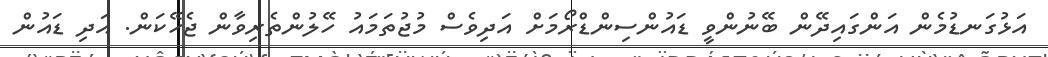
އަޅުގަނޑުމެން އަންގައިދޭން ބޭނުންވީ ޑައުންސިންޑްރޯމަށް އަދިވެސް މުޖުތަމައު ހޭލުންތެރިވާން ޖެހޭކަން. އަދި ޑައުން